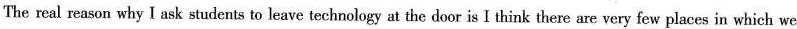
The real reason why I ask students to leave technology at the door is I think there are very few places in which we